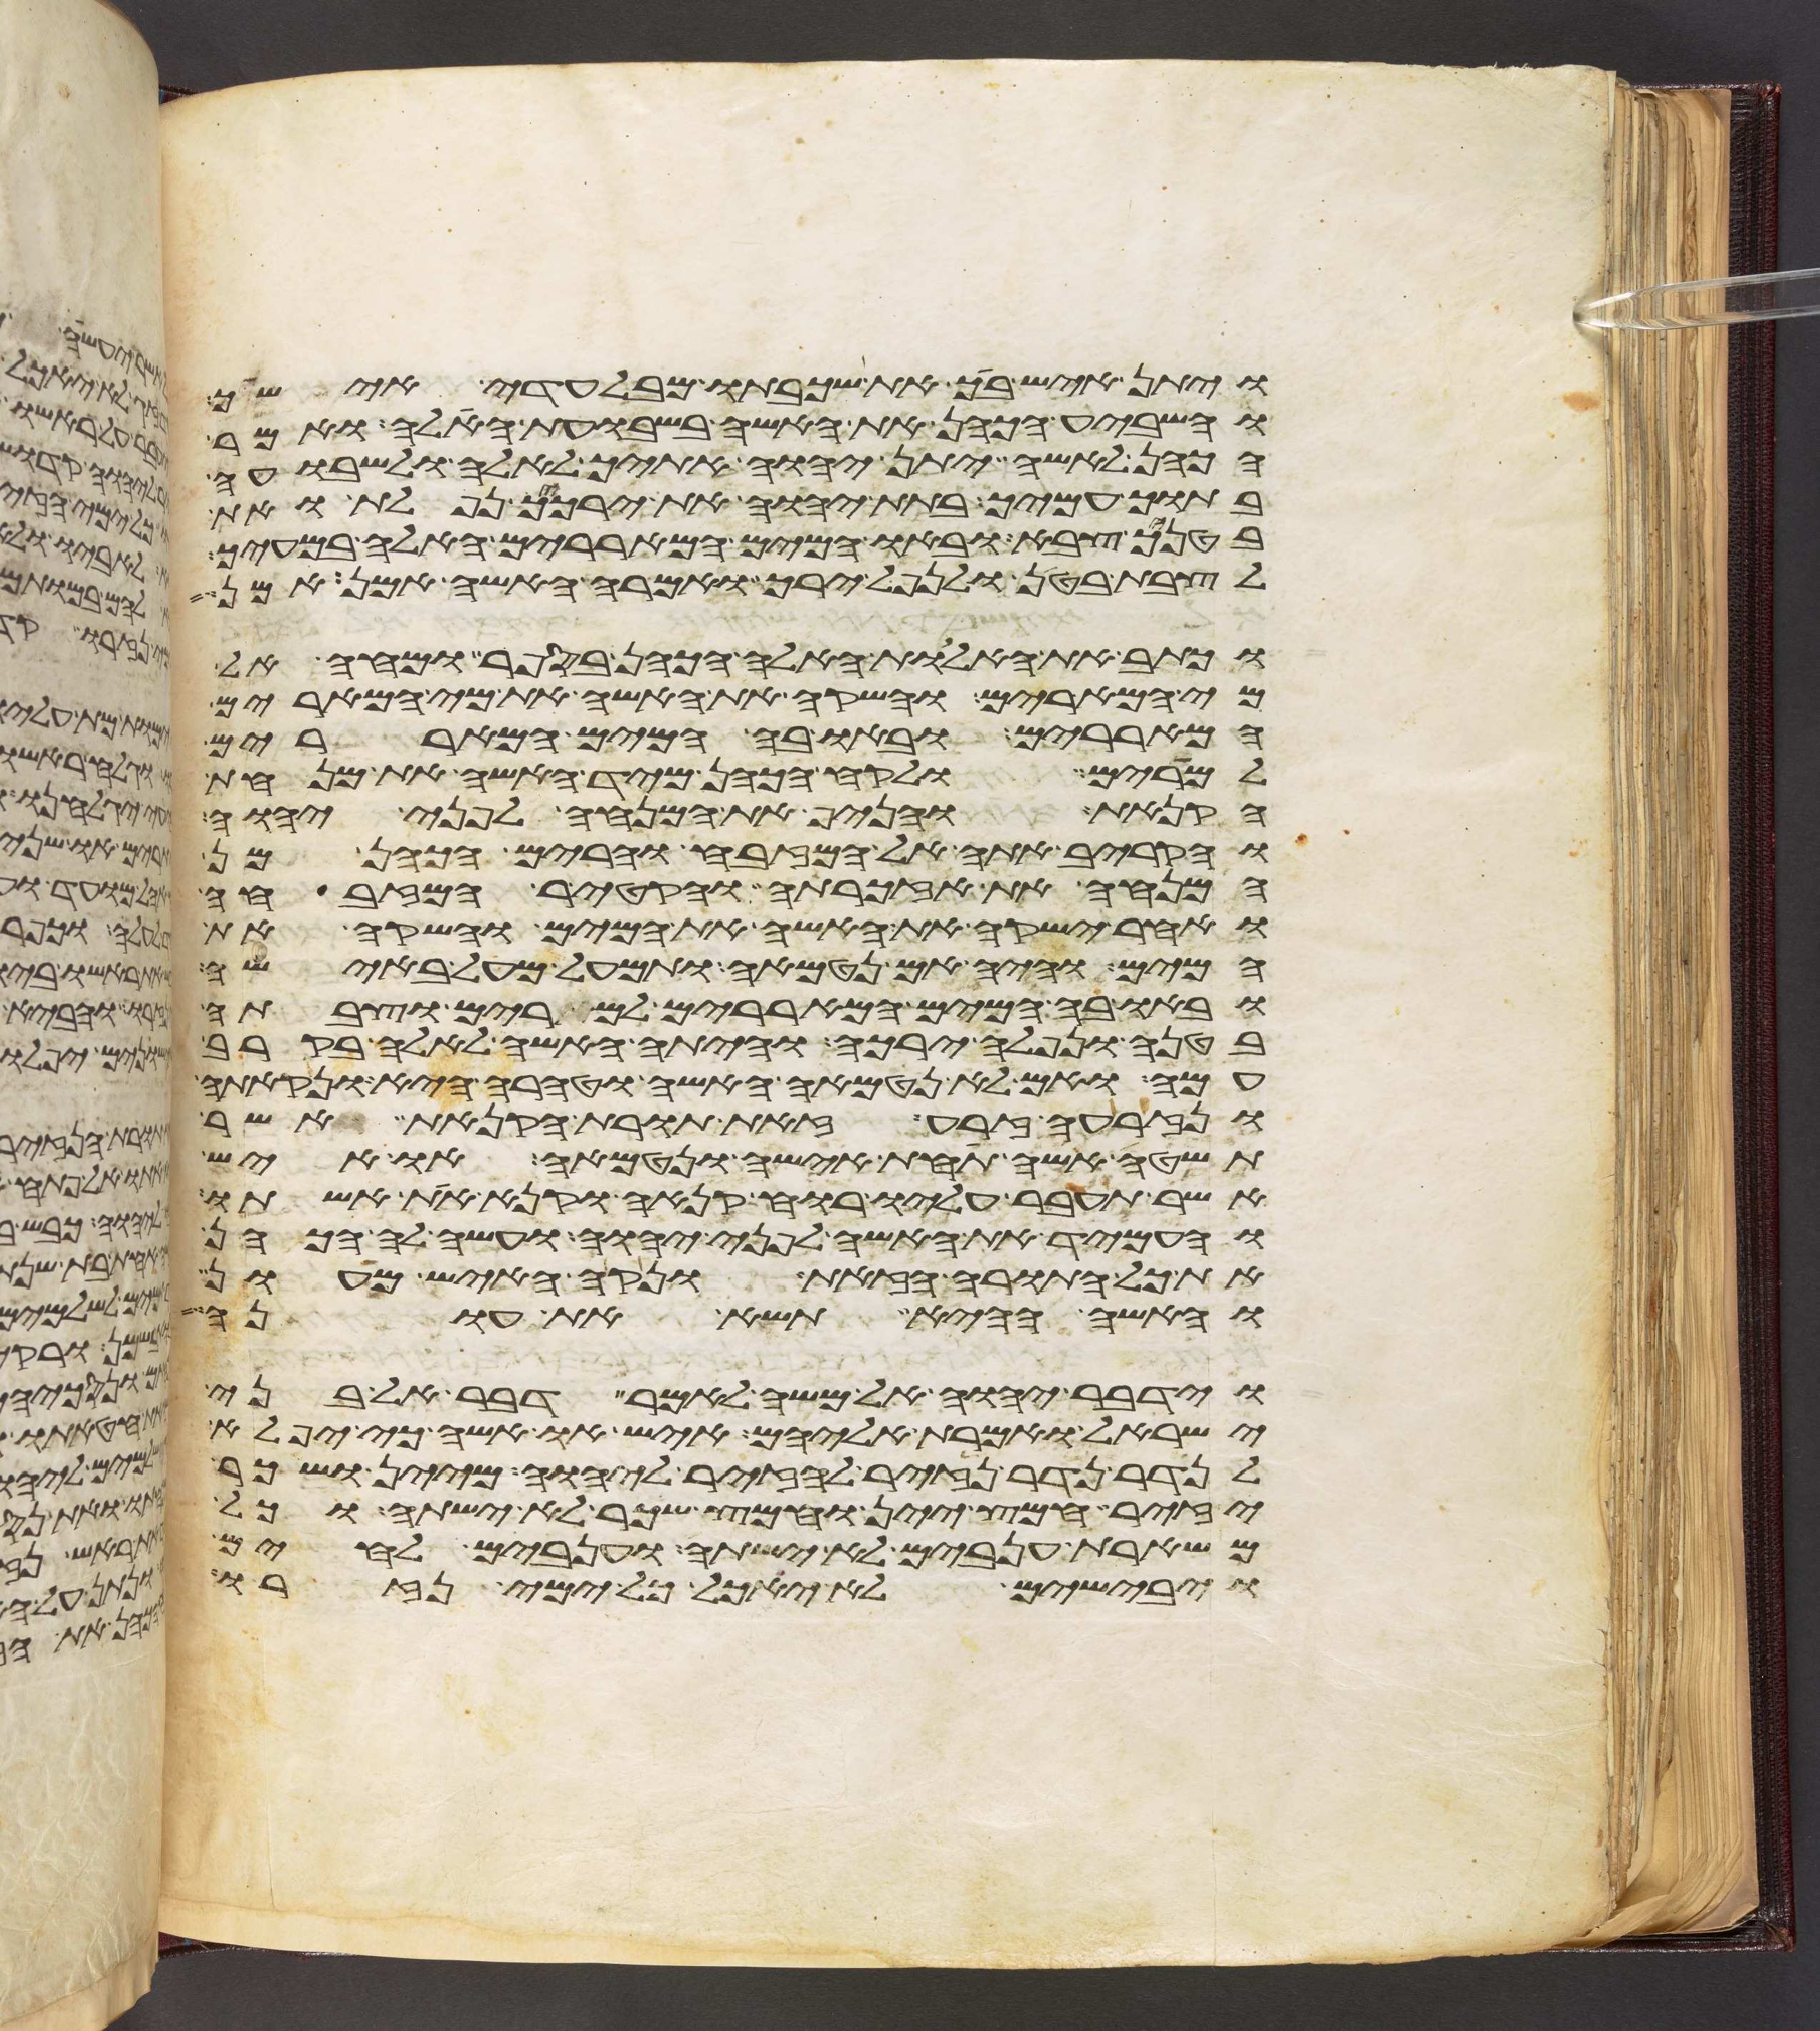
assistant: ויתן איש ביך את שכבתו מבלעדי אישיך
והשביע הכהן את האשה בשבועת האלה ואמר
הכהן לאשה יתן יהוה אתיך לאלה ולשבועה
בתוך עמיך בתת יהוה את ירכיך נפלת ואת
בטניך צבא ובאו המים המאררים האלה במעיך
לצבת בטן ולנפל ירך ואמרה האשה אמן אמן
וכתב את האלות האלה הכהן בספר ומחה אל
מי המרים והשקה את האשה את מי המרים
המאררים ובאו בה המים המאררים
למרים ולקח הכהן מיד האשה את מנחת
הקנאת והניף את המנחה לפני יהוה
והקריב אתה אל המזבח והרים הכהן מן
המנחה את אזכרתה והקטיר המזבחה
ואחר ישקה את האשה את המים והשקה את
המים והיה אם נטמאה ותמעל מעל באישה
ובאו בה המים המאררים למרים וצבתה
בטנה ונפלה ירכה והיתה האשה לאלה בקרב
עמה ואם לא נטמאה האשה וטהרה היא ונקתה
ונזרעה זרע זאת תורת הקנאת אשר
תשטה אשה תחת אישה ונטמאה או איש
אשר תעבר עליו רוח קנאה וקנא את אשתו
והעמיד את האשה לפני יהוה ועשה לה הכהן
את כל התורה הזאת ונקה האיש מעון
והאשה ההיא תשא את עונה
וידבר יהוה אל משה לאמר דבר אל בני
ישראל ואמרת אליהם איש או אשה כי יפלא
לנדר נדר נזיר להזיר ליהוה מיין ושכר
יזיר חמץ יין וחמץ שכר לא ישתה וכל
משארת ענבים לא ישתה וענבים לחים
ויבישים לא יאכל כל ימי נזרו